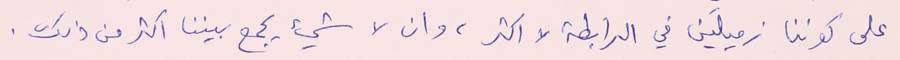
على كوننا زميلَين في الرابطة لا اكثر، وان لا شيء يجمع بيننا اكثر من ذلك.